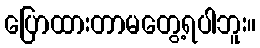
ပြောထားတာမတွေ့ရပါဘူး။